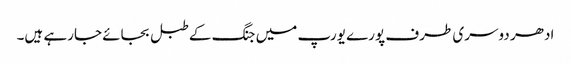
ادھر دوسری طرف پورے یورپ میں جنگ کے طبل بجائے جارہے ہیں۔